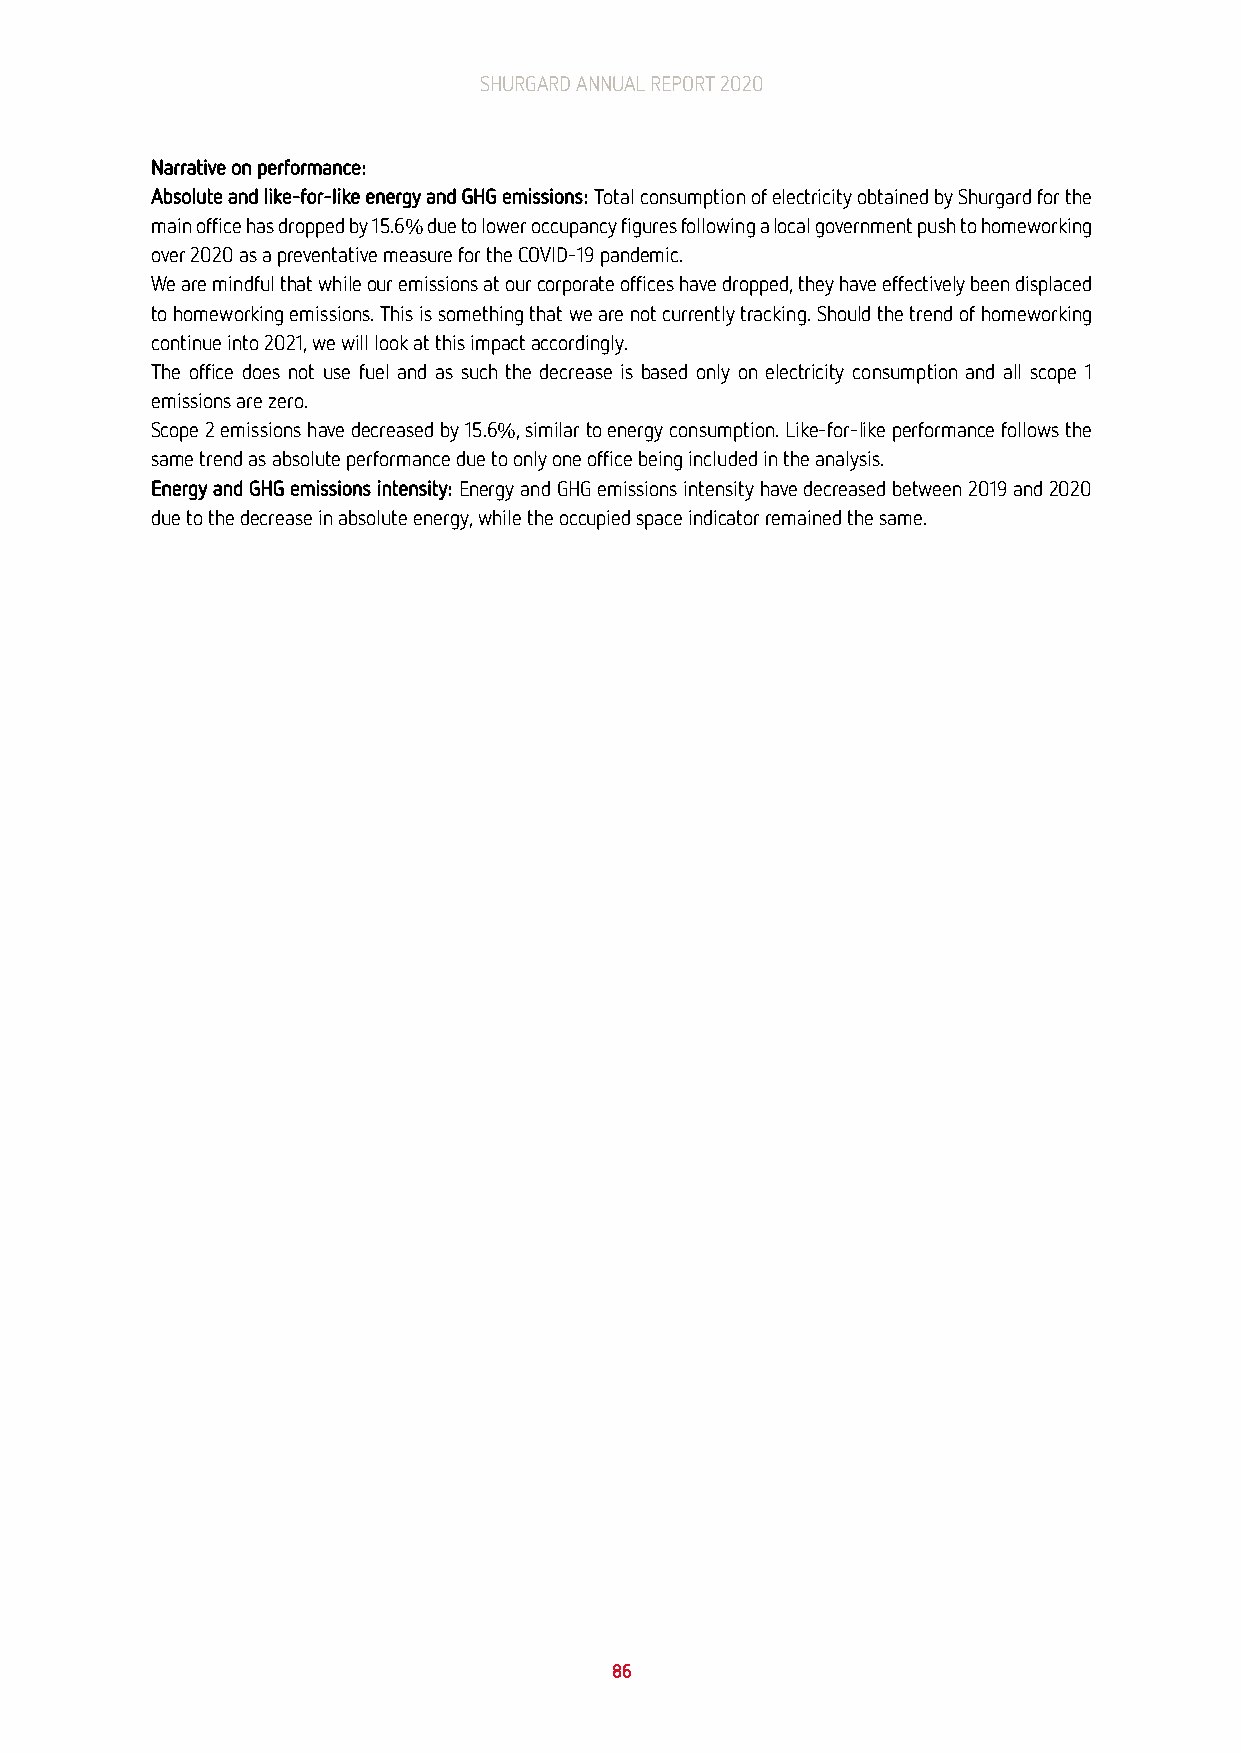
SHURGARD ANNUAL REPORT 2020
 Narrative on performance:
 Absolute and like-for-like energy and GHG emissions: Total consumption of electricity obtained by Shurgard for the
 main office has dropped by 15.6% due to lower occupancy figures following a local government push to homeworking
 over 2020 as a preventative measure for the COVID-19 pandemic.
 We are mindful that while our emissions at our corporate offices have dropped, they have effectively been displaced
 to homeworking emissions. This is something that we are not currently tracking. Should the trend of homeworking
 continue into 2021, we will look at this impact accordingly.
 The office does not use fuel and as such the decrease is based only on electricity consumption and all scope 1
 emissions are zero.
 Scope 2 emissions have decreased by 15.6%, similar to energy consumption. Like-for-like performance follows the
 same trend as absolute performance due to only one office being included in the analysis.
 Energy and GHG emissions intensity: Energy and GHG emissions intensity have decreased between 2019 and 2020
 due to the decrease in absolute energy, while the occupied space indicator remained the same.
 86